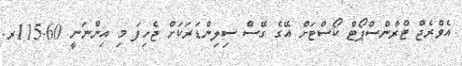
އެވްރެޖް ޓްރާންސްޕޯޓް ކޯސްޓަށް އޭގެ ގޭސް ސިލިންޑަރަކަށް ޖެހިފަ މި އިންނަނީ 115.60ރ.